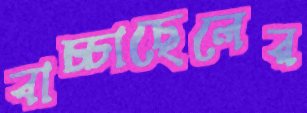
বাচ্চাছেলের